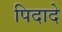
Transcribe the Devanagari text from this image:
पिदादे